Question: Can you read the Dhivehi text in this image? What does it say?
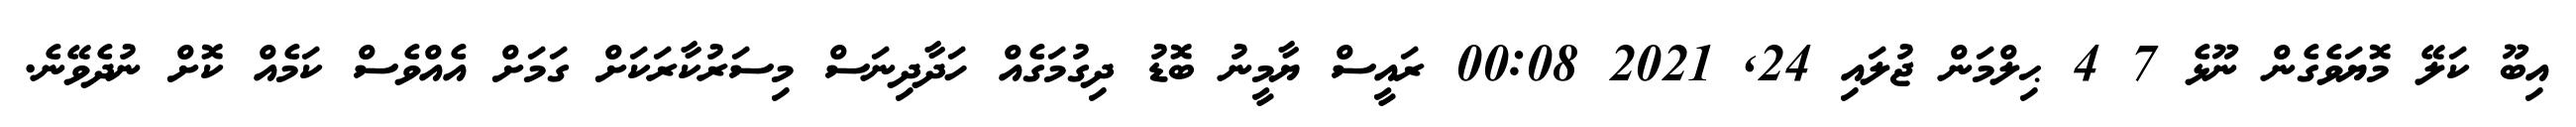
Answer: އިބޫ ކަލޭ މޮޔަވެގެން ނޫޅެ 7 4 ޙިލްމަން ޖުލައި 24, 2021 00:08 ރައީސް ޔާމީނު ބޮޑު ދިގުމަގެއް ހަދާދިނަސް މިސަރުކާރަކަށް ގަމަށް އެއްވެސް ކަމެއް ކޮށް ނުދެވޭނެ.